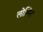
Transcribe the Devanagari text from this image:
लोष्मिट